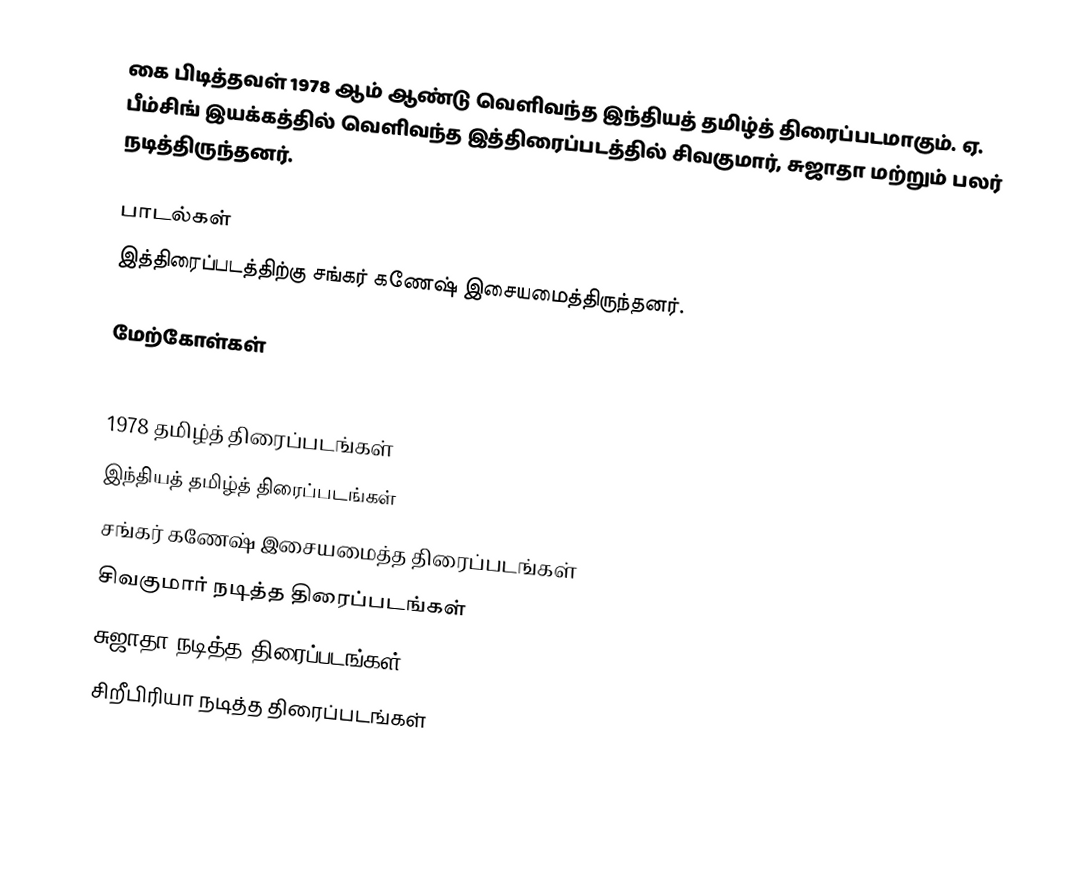
கை பிடித்தவள் 1978 ஆம் ஆண்டு வெளிவந்த இந்தியத் தமிழ்த் திரைப்படமாகும். ஏ. பீம்சிங் இயக்கத்தில் வெளிவந்த இத்திரைப்படத்தில் சிவகுமார், சுஜாதா மற்றும் பலர் நடித்திருந்தனர்.

பாடல்கள்
இத்திரைப்படத்திற்கு சங்கர் கணேஷ் இசையமைத்திருந்தனர்.

மேற்கோள்கள்

1978 தமிழ்த் திரைப்படங்கள்
இந்தியத் தமிழ்த் திரைப்படங்கள்
சங்கர் கணேஷ் இசையமைத்த திரைப்படங்கள்
சிவகுமார் நடித்த திரைப்படங்கள்
சுஜாதா நடித்த திரைப்படங்கள்
சிறீபிரியா நடித்த திரைப்படங்கள்